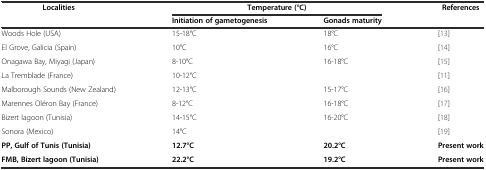
<table><thead><tr><td><b>Localities</b></td><td colspan="2"><b>Temperature (°C)</b></td><td><b>References</b></td></tr><tr><td>[EMPTY_CELL]</td><td><b>Initiation of gametogenesis</b></td><td><b>Gonads maturity</b></td><td>[EMPTY_CELL]</td></tr></thead><tbody><tr><td>Woods Hole (USA)</td><td>15-18°C</td><td>18°C</td><td>[13]</td></tr><tr><td>El Grove, Galicia (Spain)</td><td>10°C</td><td>16°C</td><td>[14]</td></tr><tr><td>Onagawa Bay, Miyagi (Japan)</td><td>8-10°C</td><td>16-18°C</td><td>[15]</td></tr><tr><td>La Tremblade (France)</td><td>10-12°C</td><td>[EMPTY_CELL]</td><td>[11]</td></tr><tr><td>Malborough Sounds (New Zealand)</td><td>12-13°C</td><td>15-17°C</td><td>[16]</td></tr><tr><td>Marennes Oléron Bay (France)</td><td>8-12°C</td><td>16-18°C</td><td>[17]</td></tr><tr><td>Bizert lagoon (Tunisia)</td><td>14-15°C</td><td>16-20°C</td><td>[18]</td></tr><tr><td>Sonora (Mexico)</td><td>14°C</td><td>[EMPTY_CELL]</td><td>[19]</td></tr><tr><td><b>PP, Gulf of Tunis (Tunisia)</b></td><td><b>12.7°C</b></td><td><b>20.2°C</b></td><td><b>Present work</b></td></tr><tr><td><b>FMB, Bizert lagoon (Tunisia)</b></td><td><b>22.2°C</b></td><td><b>19.2°C</b></td><td><b>Present work</b></td></tr></tbody></table>